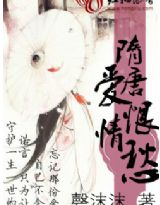
争奈醒来，愁恨又依然。